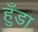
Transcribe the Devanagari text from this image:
हुँडा